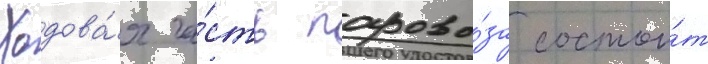
Ходова́я ча́сть парово́за состои́т